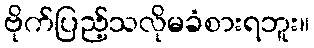
ဗိုက်ပြည့်သလိုမခံစားရဘူး။